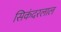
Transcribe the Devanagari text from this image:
सिकंदरलाल